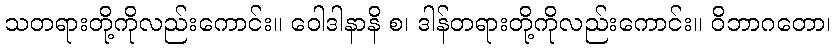
သတရားတို့ကိုလည်းကောင်း။ ဝေါဒါနာနိ စ၊ ဒါန်တရားတို့ကိုလည်းကောင်း။ ဝိဘာဂတော၊